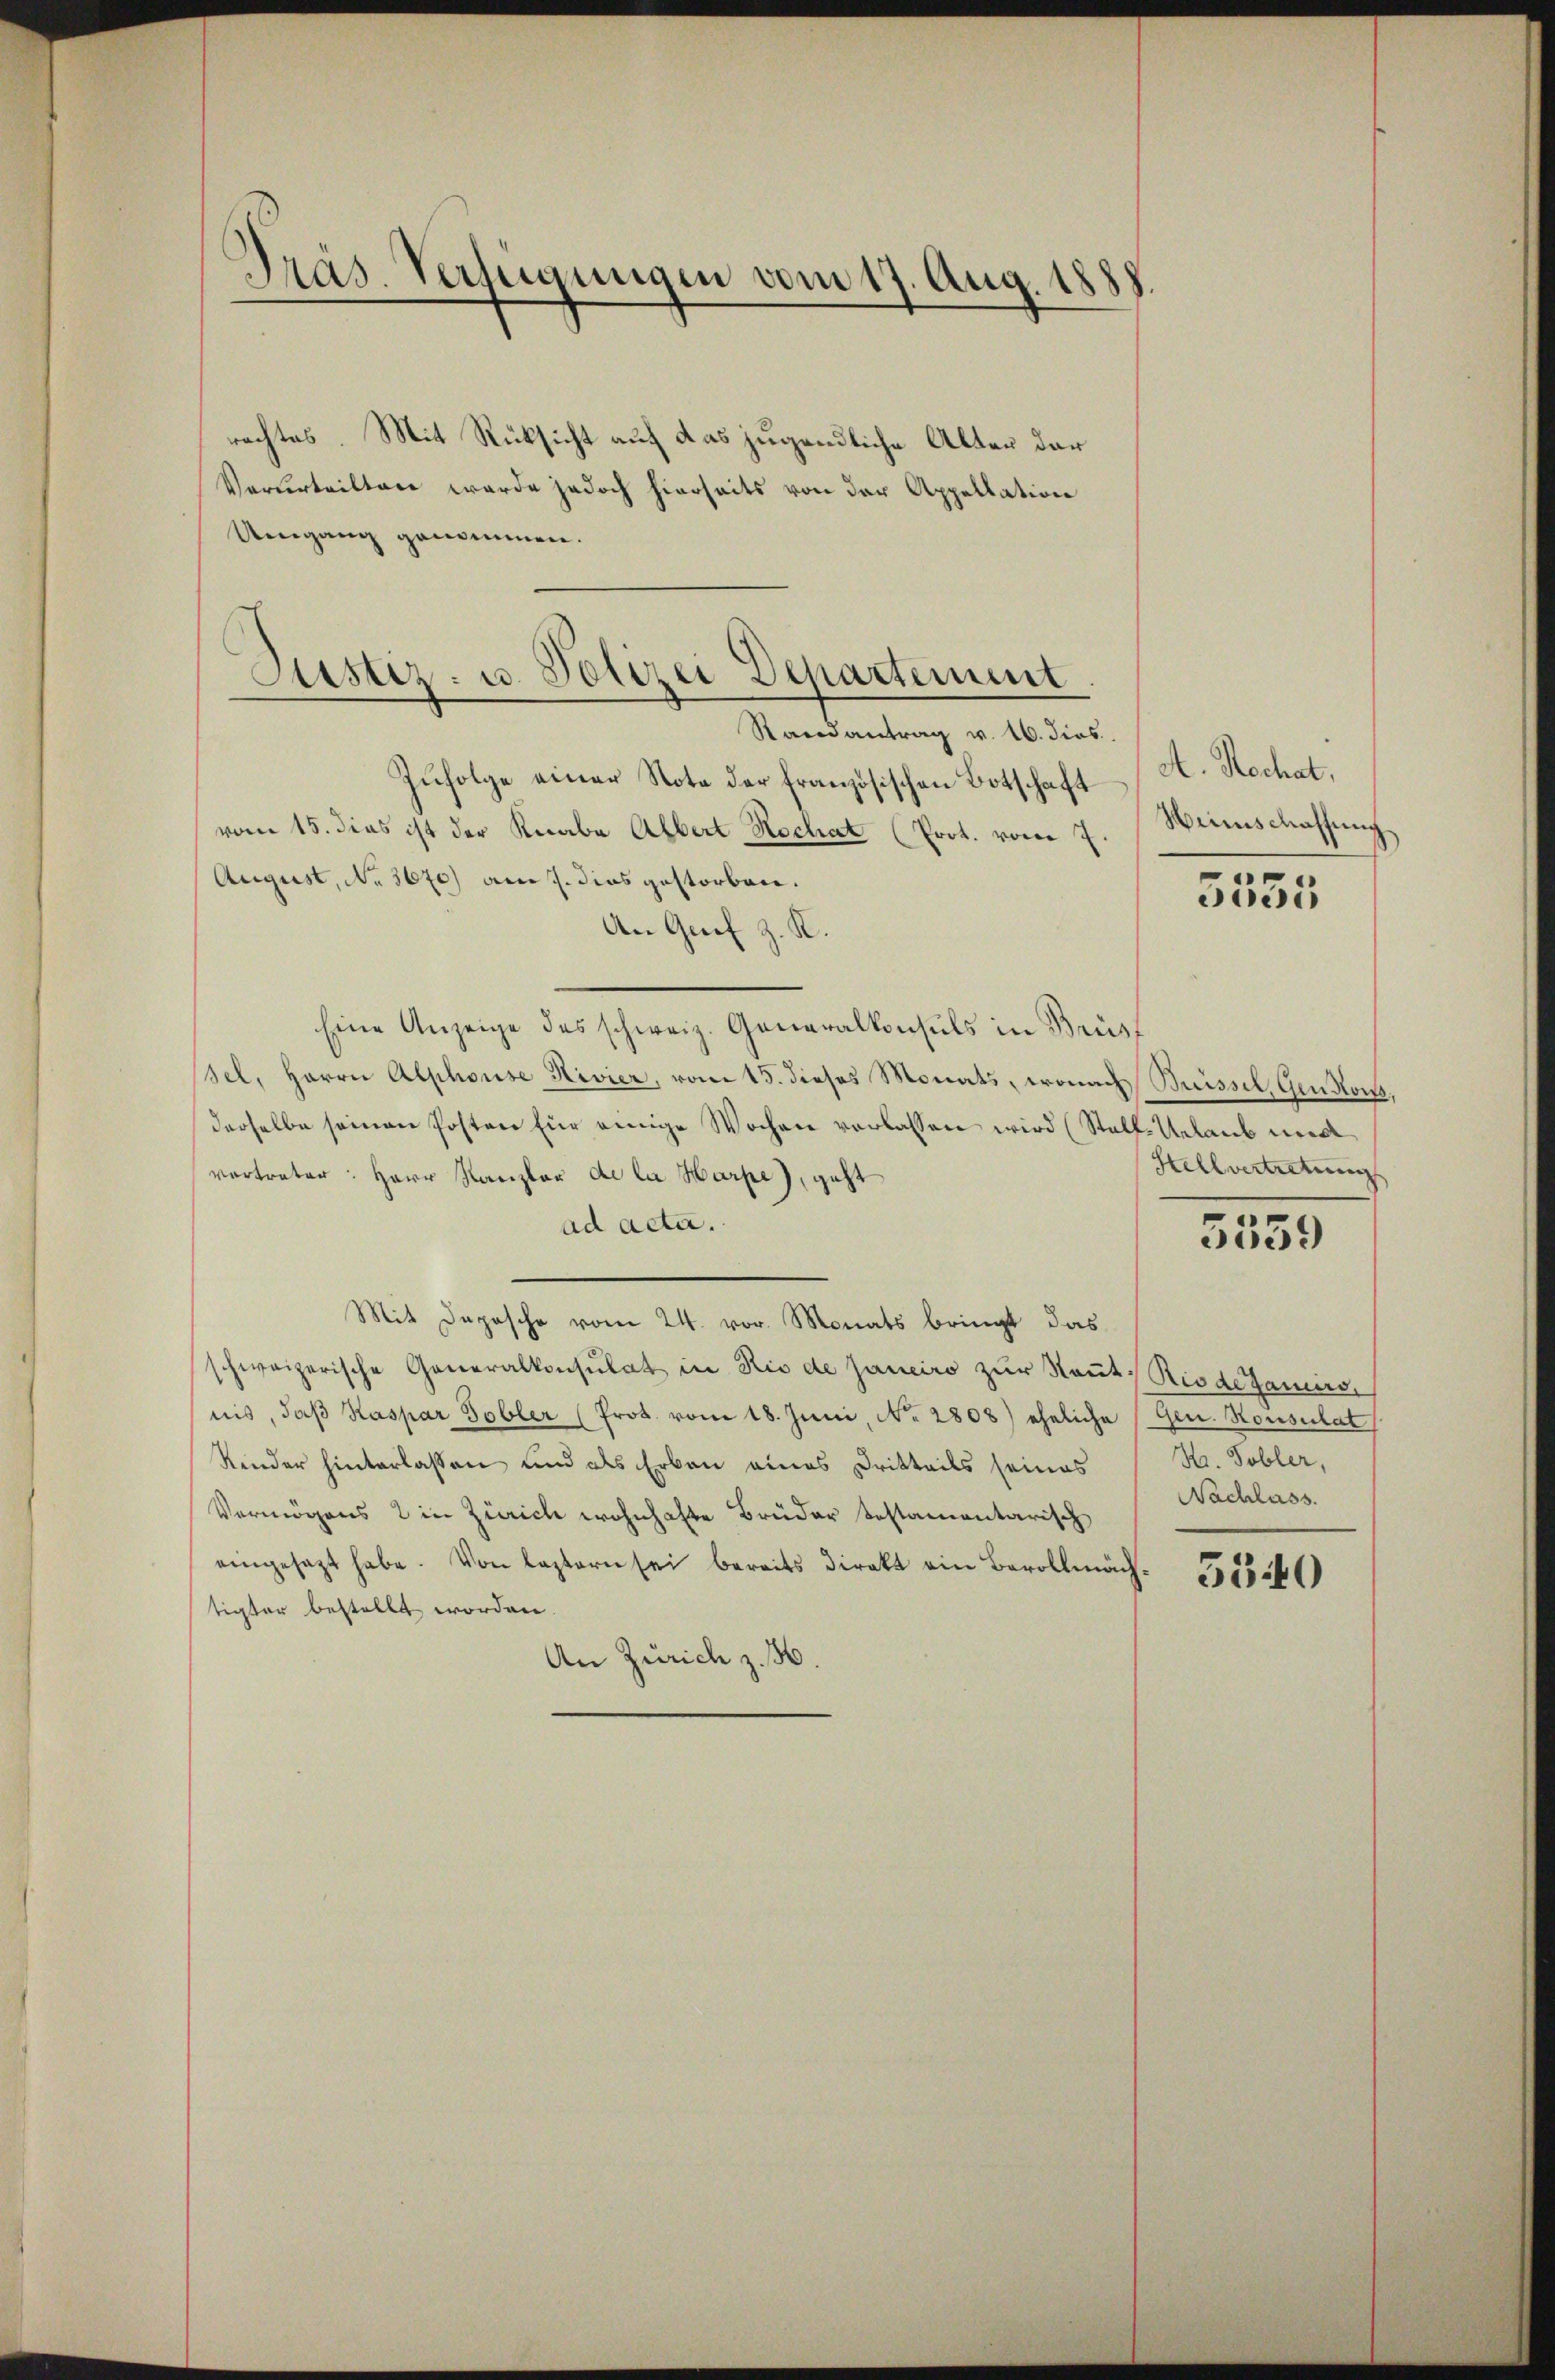
Präs. Verfügungen vom 17. Aug. 1888

rachtes. Mit Rücksicht auf das jugendliche Alter der
Verurteilten werde jedoch hierseits von der Appellation
Umgang genommen.
Randantrag v. 16. dies
Zufolge einer Note der französischen Botschaft
vom 15. dies ist der Knabe Albert Hochat (Prot. vom 7.
August, No 3670) am 7. dies gestorben.
An Grif z. K.
Eine Anzeige des schweiz. Generalkonsuls in Brust
Sel. Herrn Alphouse Hivier, vom 15. dieses Monats, wonach Suissel, Gendon,
derselbe seinen Posten für einige Wochen verlassen wird (Stalf-Urlaub wied
vortreter: Herr Kanzler de la Harpe), geht
ad acta.
Mit Depesche vom 24. vor. Monats bringt das
schweizerische Generalkonsulat in Rio de Janeiro zur Raut Riode Januars,
nis, daβ Kaspar Tobler (Prot. vom 18. Juni, No. 2808) eheliche (Gen. Konsulat
Kinder hinterlassen und als Erben eines Dritteils seines H. Tobler,
Vermögens 2 in Zürich wohnhafte Brüder testamentarisch
eingesagt habe. Von lastern sei bereits direkt ein Bevollmäch
tigter bestellt worden.
An Zürich z. B.

Justiz- u. Polizei Departement

A. Rechat,
Winnschaffung

5555

Hellvertretung

5559

Nachlass.

5340